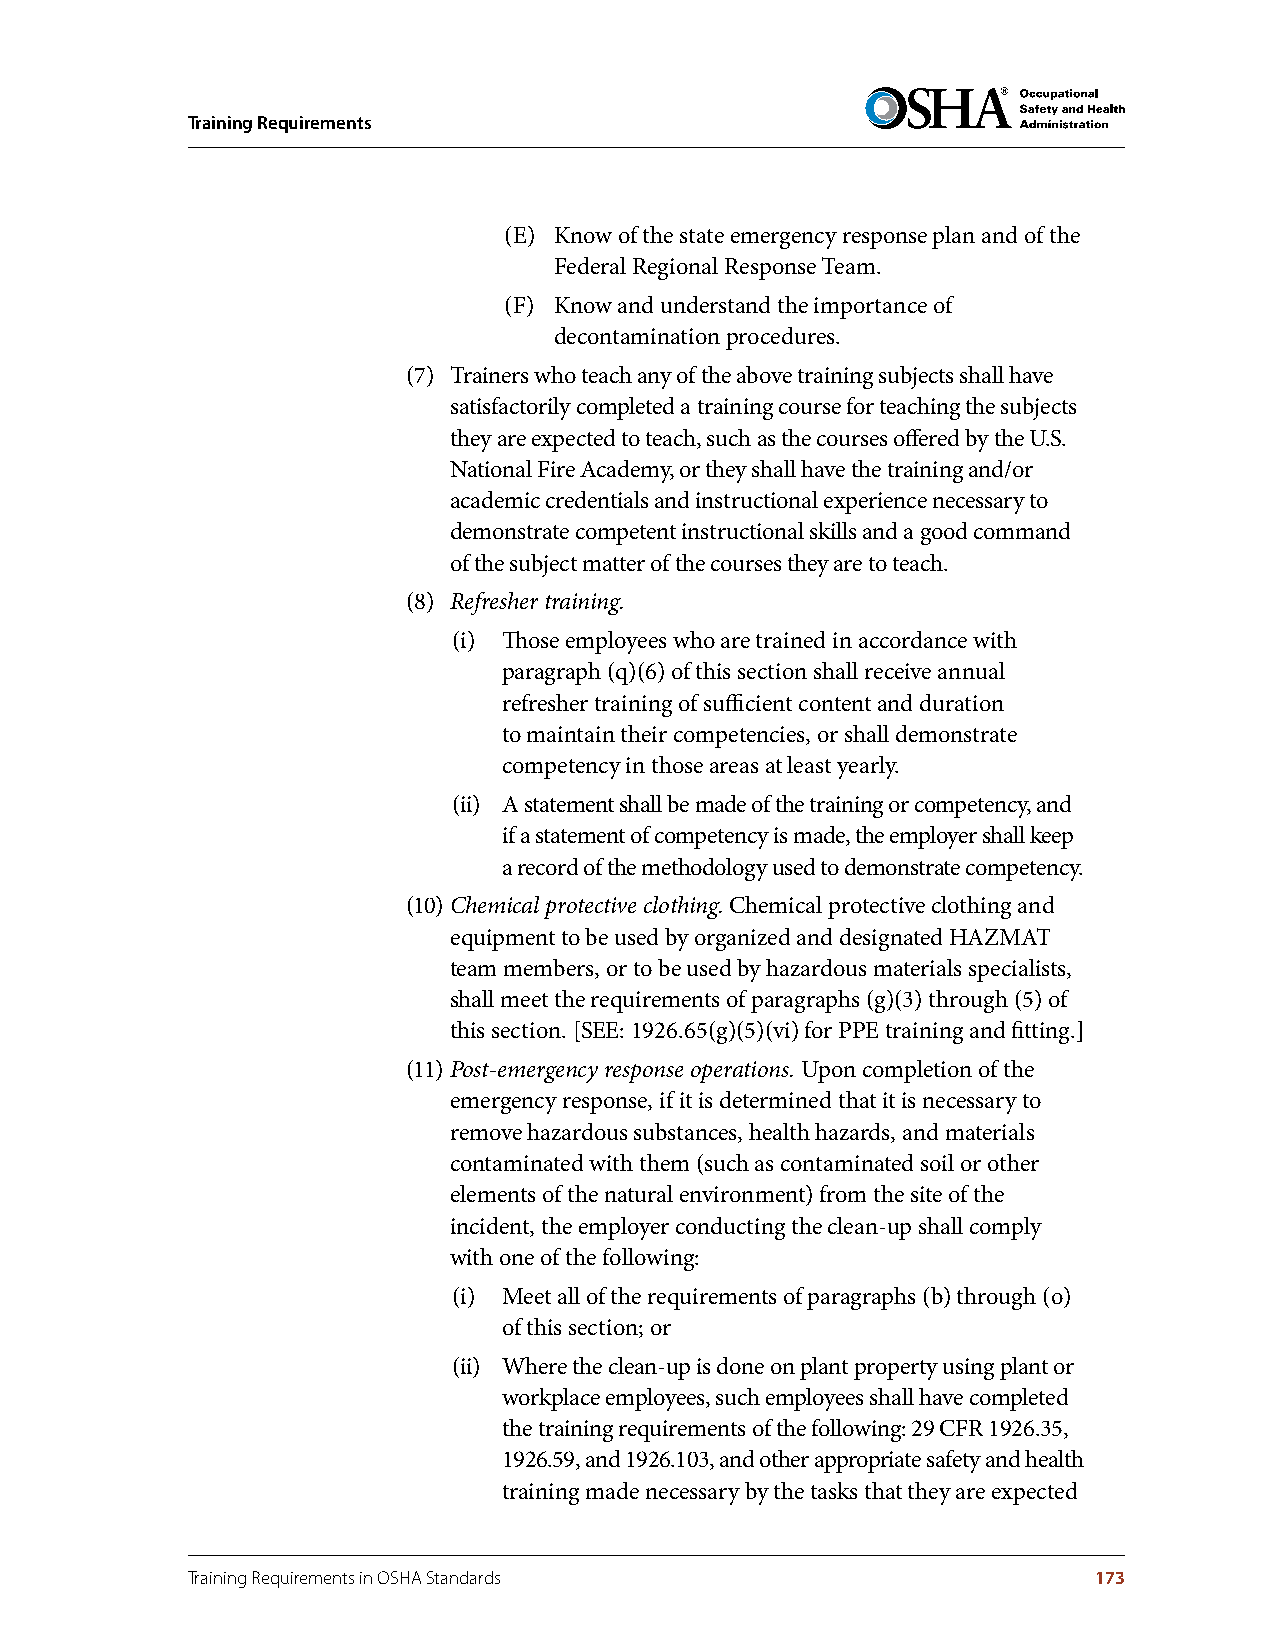
Training Requirements
 (E) Know of the state emergency response plan and of the
 Federal Regional Response Team.
 (F) Know and understand the importance of
 decontamination procedures.
 (7) Trainers who teach any of the above training subjects shall have
 satisfactorily completed a training course for teaching the subjects
 they are expected to teach, such as the courses offered by the U.S.
 National Fire Academy, or they shall have the training and/or
 academic credentials and instructional experience necessary to
 demonstrate competent instructional skills and a good command
 of the subject matter of the courses they are to teach.
 (8) Refresher training.
 (i) Those employees who are trained in accordance with
 paragraph (q)(6) of this section shall receive annual
 refresher training of sufficient content and duration
 to maintain their competencies, or shall demonstrate
 competency in those areas at least yearly.
 (ii) A statement shall be made of the training or competency, and
 if a statement of competency is made, the employer shall keep
 a record of the methodology used to demonstrate competency.
 (10) Chemical protective clothing. Chemical protective clothing and
 equipment to be used by organized and designated HAZMAT
 team members, or to be used by hazardous materials specialists,
 shall meet the requirements of paragraphs (g)(3) through (5) of
 this section. [SEE: 1926.65(g)(5)(vi) for PPE training and fitting.]
 (11) Post-emergency response operations. Upon completion of the
 emergency response, if it is determined that it is necessary to
 remove hazardous substances, health hazards, and materials
 contaminated with them (such as contaminated soil or other
 elements of the natural environment) from the site of the
 incident, the employer conducting the clean-up shall comply
 with one of the following:
 (i) Meet all of the requirements of paragraphs (b) through (o)
 of this section; or
 (ii) Where the clean-up is done on plant property using plant or
 workplace employees, such employees shall have completed
 the training requirements of the following: 29 CFR 1926.35,
 1926.59, and 1926.103, and other appropriate safety and health
 training made necessary by the tasks that they are expected
 Training Requirements in OSHA Standards                     173